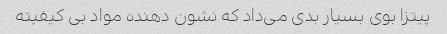
پیتزا بوی بسیار بدی می‌داد که نشون دهنده مواد بی کیفیته